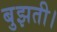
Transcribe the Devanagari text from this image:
बुझती।